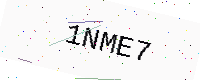
Text: 1NME7